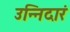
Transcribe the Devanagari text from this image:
उन्निदारं